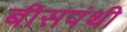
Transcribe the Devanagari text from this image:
बीसपंथी